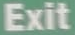
Exit